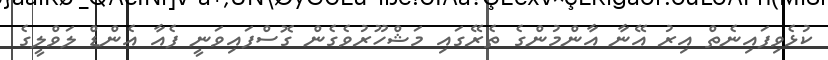
ކުޅެވިފައިނެތް އިރު އޭނާ އާންމުންގެ ތެރޭގައި މަޝްހޫރުވެގެން ގޮސްފައިވަނީ ފެއާ އެންޑް ލަވްލީގެ